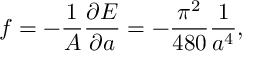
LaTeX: f = - { \frac { 1 } { A } } { \frac { \partial { \cal E } } { \partial a } } = - { \frac { \pi ^ { 2 } } { 4 8 0 } } { \frac { 1 } { a ^ { 4 } } } ,